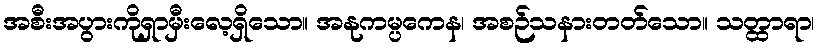
အစီးအပွားကိုရှာမှီးလေ့ရှိသော။ အနုကမ္ပကေန၊ အစဉ်သနားတတ်သော။ သတ္ထာရာ၊